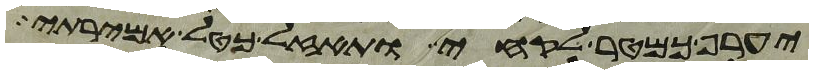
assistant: יערף כמטר לקחי ותאזל כטל אמירתי